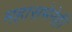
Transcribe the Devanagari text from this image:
महासभेनेही